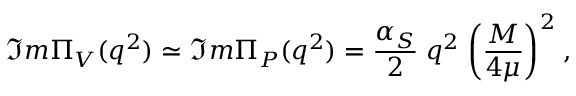
\Im m \Pi _ { V } ( q ^ { 2 } ) \simeq \Im m \Pi _ { P } ( q ^ { 2 } ) = \frac { \alpha _ { S } } { 2 } \; q ^ { 2 } \; \biggl ( \frac { M } { 4 \mu } \biggr ) ^ { 2 } \; ,